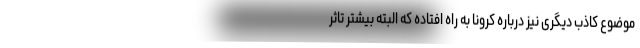
موضوع کاذب دیگری نیز درباره کرونا به راه افتاده که البته بیشتر تاثر